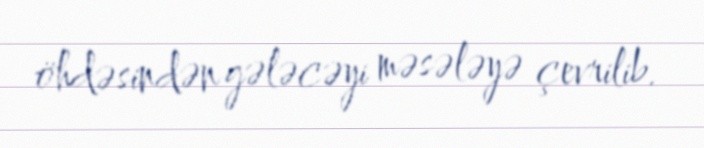
öhdəsindən gələcəyi məsələyə çevrilib.